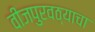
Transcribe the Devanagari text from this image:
वीजपुरवठ्याचा